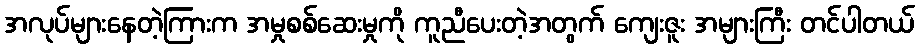
အလုပ်များနေတဲ့ကြားက အမှုစစ်ဆေးမှုကို ကူညီပေးတဲ့အတွက် ကျေးဇူး အများကြီး တင်ပါတယ်